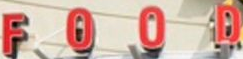
FOOD